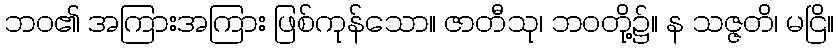
ဘဝ၏ အကြားအကြား ဖြစ်ကုန်သော။ ဇာတီသု၊ ဘဝတို့၌။ န သဇ္ဇတိ၊ မငြိ။